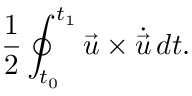
{ \frac { 1 } { 2 } } \oint _ { t _ { 0 } } ^ { t _ { 1 } } { \vec { u } } \times { \dot { \vec { u } } } \, d t .